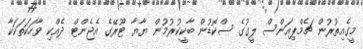
މީގެއިތުރުން ޗެމްޕިއަންސް ލީގުގެ ސްކޮޑުން ބާކީކުރުމުން ޔާޔާ ޓޫރޭގެ އެޖެންޓް ދެއްކި ވާހަކަތަކަކާ